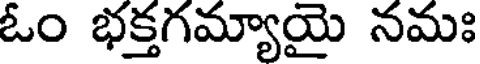
ఓం భక్తగమ్యాయై నమః